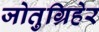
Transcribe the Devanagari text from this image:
जोतुग्रिहेर